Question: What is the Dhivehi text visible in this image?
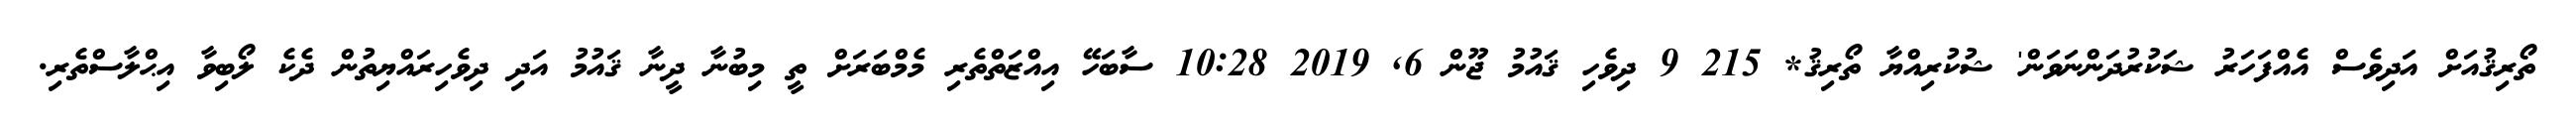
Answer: ތޯރިޤުއަށް އަދިވެސް އެއްފަހަރު ޝަކުރުދަންނަވަން' ޝުކުރިއްޔާ ތޯރިޤު* 215 9 ދިވެހި ޤައުމު ޖޫން 6, 2019 10:28 ސާބަހޭ އިއްޒަތްތެރި މެމްބަރަށް ތީ މިބުނާ ދީނާ ޤައުމު އަދި ދިވެހިރައްޔިތުން ދެކެ ލޯބިވާ އިޙްލާސްތެރި.